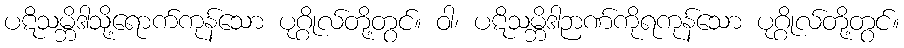
ပဋိသမ္ဘိဒါသို့ရောက်ကုန်သော ပုဂ္ဂိုလ်တို့တွင်။ ဝါ၊ ပဋိသမ္ဘိဒါဉာဏ်ကိုရကုန်သော ပုဂ္ဂိုလ်တို့တွင်။